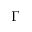
\Gamma